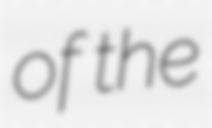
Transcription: of the